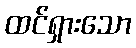
ထင်ရှားသော